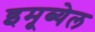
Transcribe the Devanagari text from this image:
इमूब्येल